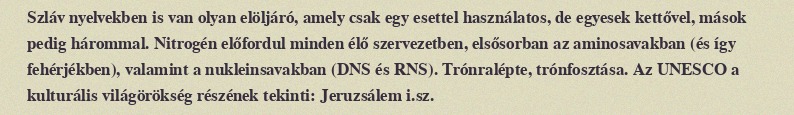
Szláv nyelvekben is van olyan elöljáró, amely csak egy esettel használatos, de egyesek kettővel, mások pedig hárommal. Nitrogén előfordul minden élő szervezetben, elsősorban az aminosavakban (és így fehérjékben), valamint a nukleinsavakban (DNS és RNS). Trónralépte, trónfosztása. Az UNESCO a kulturális világörökség részének tekinti: Jeruzsálem i.sz.